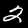
Digit: 2